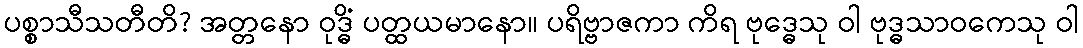
ပစ္စာသီသတီတိ? အတ္တနော ဝုဒ္ဓိံ ပတ္ထယမာနော။ ပရိဗ္ဗာဇကာ ကိရ ဗုဒ္ဓေသု ဝါ ဗုဒ္ဓသာဝကေသု ဝါ